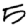
Digit: 5